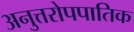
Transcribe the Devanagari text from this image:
अनुत्तरोपपातिक